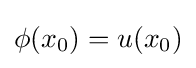
\phi (x_{0})=u(x_{0})